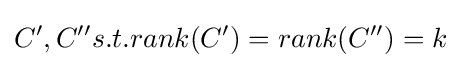
C',C''s.t.rank(C')=rank(C'')=k